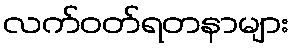
လက်ဝတ်ရတနာများ